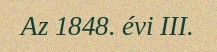
Az 1848. évi III.